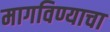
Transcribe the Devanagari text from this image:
मागविण्याचा